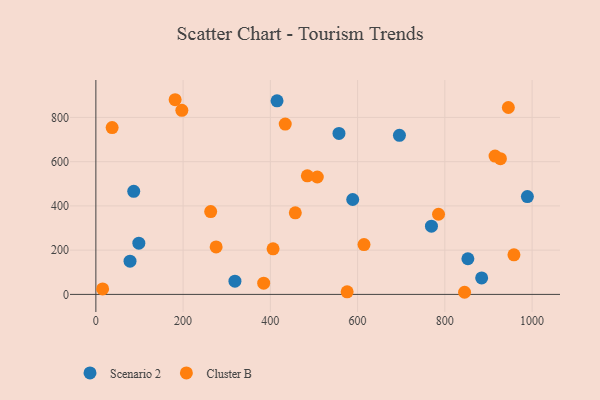
{"axis": {"x": "Engine Size", "y": "Exam Score"}, "legend": ["Cluster B", "Scenario 2"], "data": [{"x": "695.9", "y": 719.0, "type": "Scenario 2"}, {"x": "989.2", "y": 442.3, "type": "Scenario 2"}, {"x": "852.8", "y": 161.2, "type": "Scenario 2"}, {"x": "415.3", "y": 875.1, "type": "Scenario 2"}, {"x": "86.8", "y": 466.1, "type": "Scenario 2"}, {"x": "78.3", "y": 150.1, "type": "Scenario 2"}, {"x": "588.8", "y": 429.0, "type": "Scenario 2"}, {"x": "98.5", "y": 231.7, "type": "Scenario 2"}, {"x": "318.8", "y": 59.9, "type": "Scenario 2"}, {"x": "769.3", "y": 308.4, "type": "Scenario 2"}, {"x": "557.3", "y": 727.5, "type": "Scenario 2"}, {"x": "884.4", "y": 74.3, "type": "Scenario 2"}, {"x": "263.2", "y": 374.3, "type": "Cluster B"}, {"x": "507.6", "y": 530.7, "type": "Cluster B"}, {"x": "484.8", "y": 535.9, "type": "Cluster B"}, {"x": "181.7", "y": 880.0, "type": "Cluster B"}, {"x": "434.1", "y": 769.8, "type": "Cluster B"}, {"x": "275.7", "y": 214.7, "type": "Cluster B"}, {"x": "197.1", "y": 831.9, "type": "Cluster B"}, {"x": "958.4", "y": 179.1, "type": "Cluster B"}, {"x": "457.2", "y": 368.6, "type": "Cluster B"}, {"x": "37.3", "y": 754.0, "type": "Cluster B"}, {"x": "614.7", "y": 225.0, "type": "Cluster B"}, {"x": "384.7", "y": 50.6, "type": "Cluster B"}, {"x": "15.5", "y": 24.7, "type": "Cluster B"}, {"x": "576.0", "y": 11.7, "type": "Cluster B"}, {"x": "845.2", "y": 9.6, "type": "Cluster B"}, {"x": "406.2", "y": 206.2, "type": "Cluster B"}, {"x": "945.6", "y": 844.8, "type": "Cluster B"}, {"x": "915.1", "y": 625.2, "type": "Cluster B"}, {"x": "785.5", "y": 362.2, "type": "Cluster B"}, {"x": "927.4", "y": 613.3, "type": "Cluster B"}]}